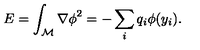
E = \int _ { { \cal M } } { \nabla \phi } ^ { 2 } = - \sum _ { i } q _ { i } \phi ( y _ { i } ) .